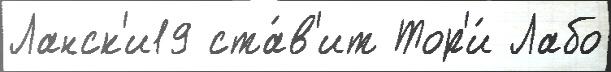
Ланск'и19 ста́в'ит Тор'и́ Лабо